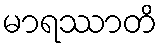
မာရဿာတိ